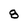
Character: 8